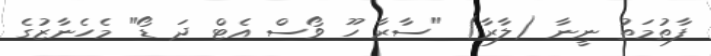
ފާތުމަތު ނީނާ (ލާރާ) "ސާރާ ހޫ ވޯސް އެޓް ދަ ޑޯ" މެހެނާޒުގެ